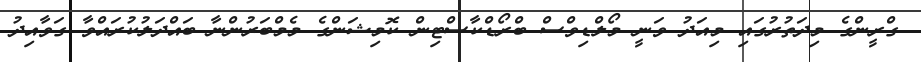
ގްރީންގެ މިދަތުރުގައި މިއަދު ވަނީ މޯލްޑިވްސް ބްރޯޑްކާސްޓިން ކޮމިޝަންގެ މެމްބަރުންނާ ބައްދަލުކުރައްވާ ގަވާއިދު